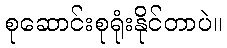
စုဆောင်းစုရုံးနိုင်တာပဲ။